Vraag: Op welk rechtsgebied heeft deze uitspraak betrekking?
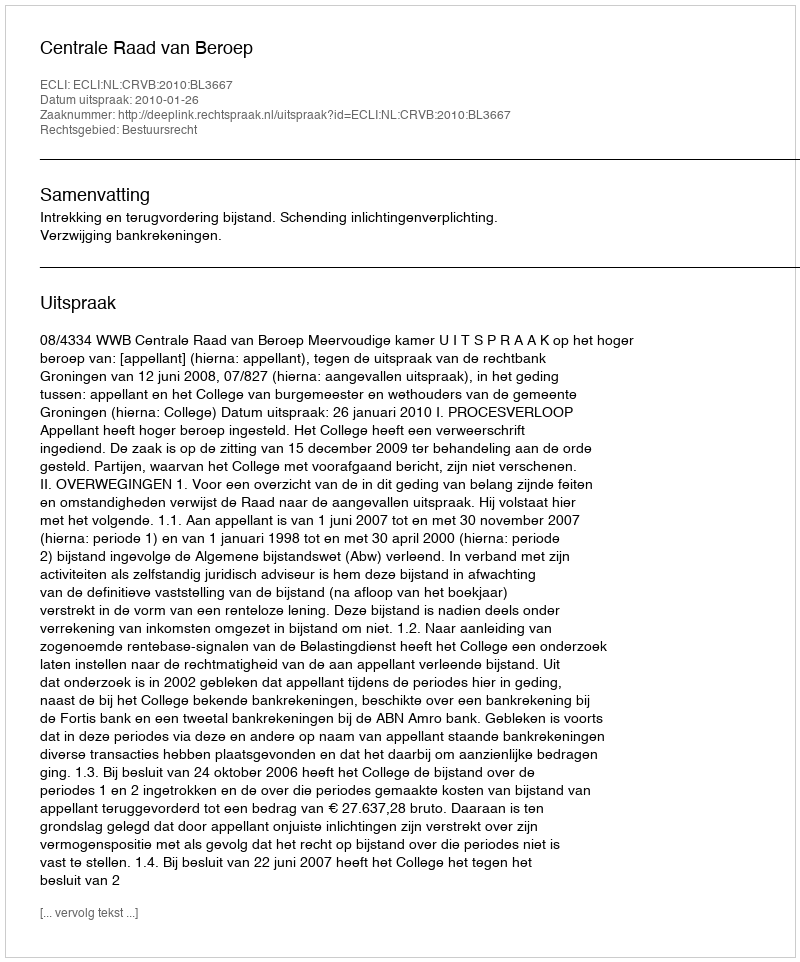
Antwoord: Bestuursrecht